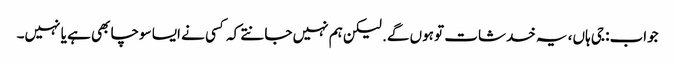
جواب: جی ہاں، یہ خدشات تو ہوں گے. لیکن ہم نہیں جانتے کہ کسی نے ایسا سوچا بھی ہے یا نہیں۔